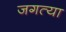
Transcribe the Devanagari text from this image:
जगत्या